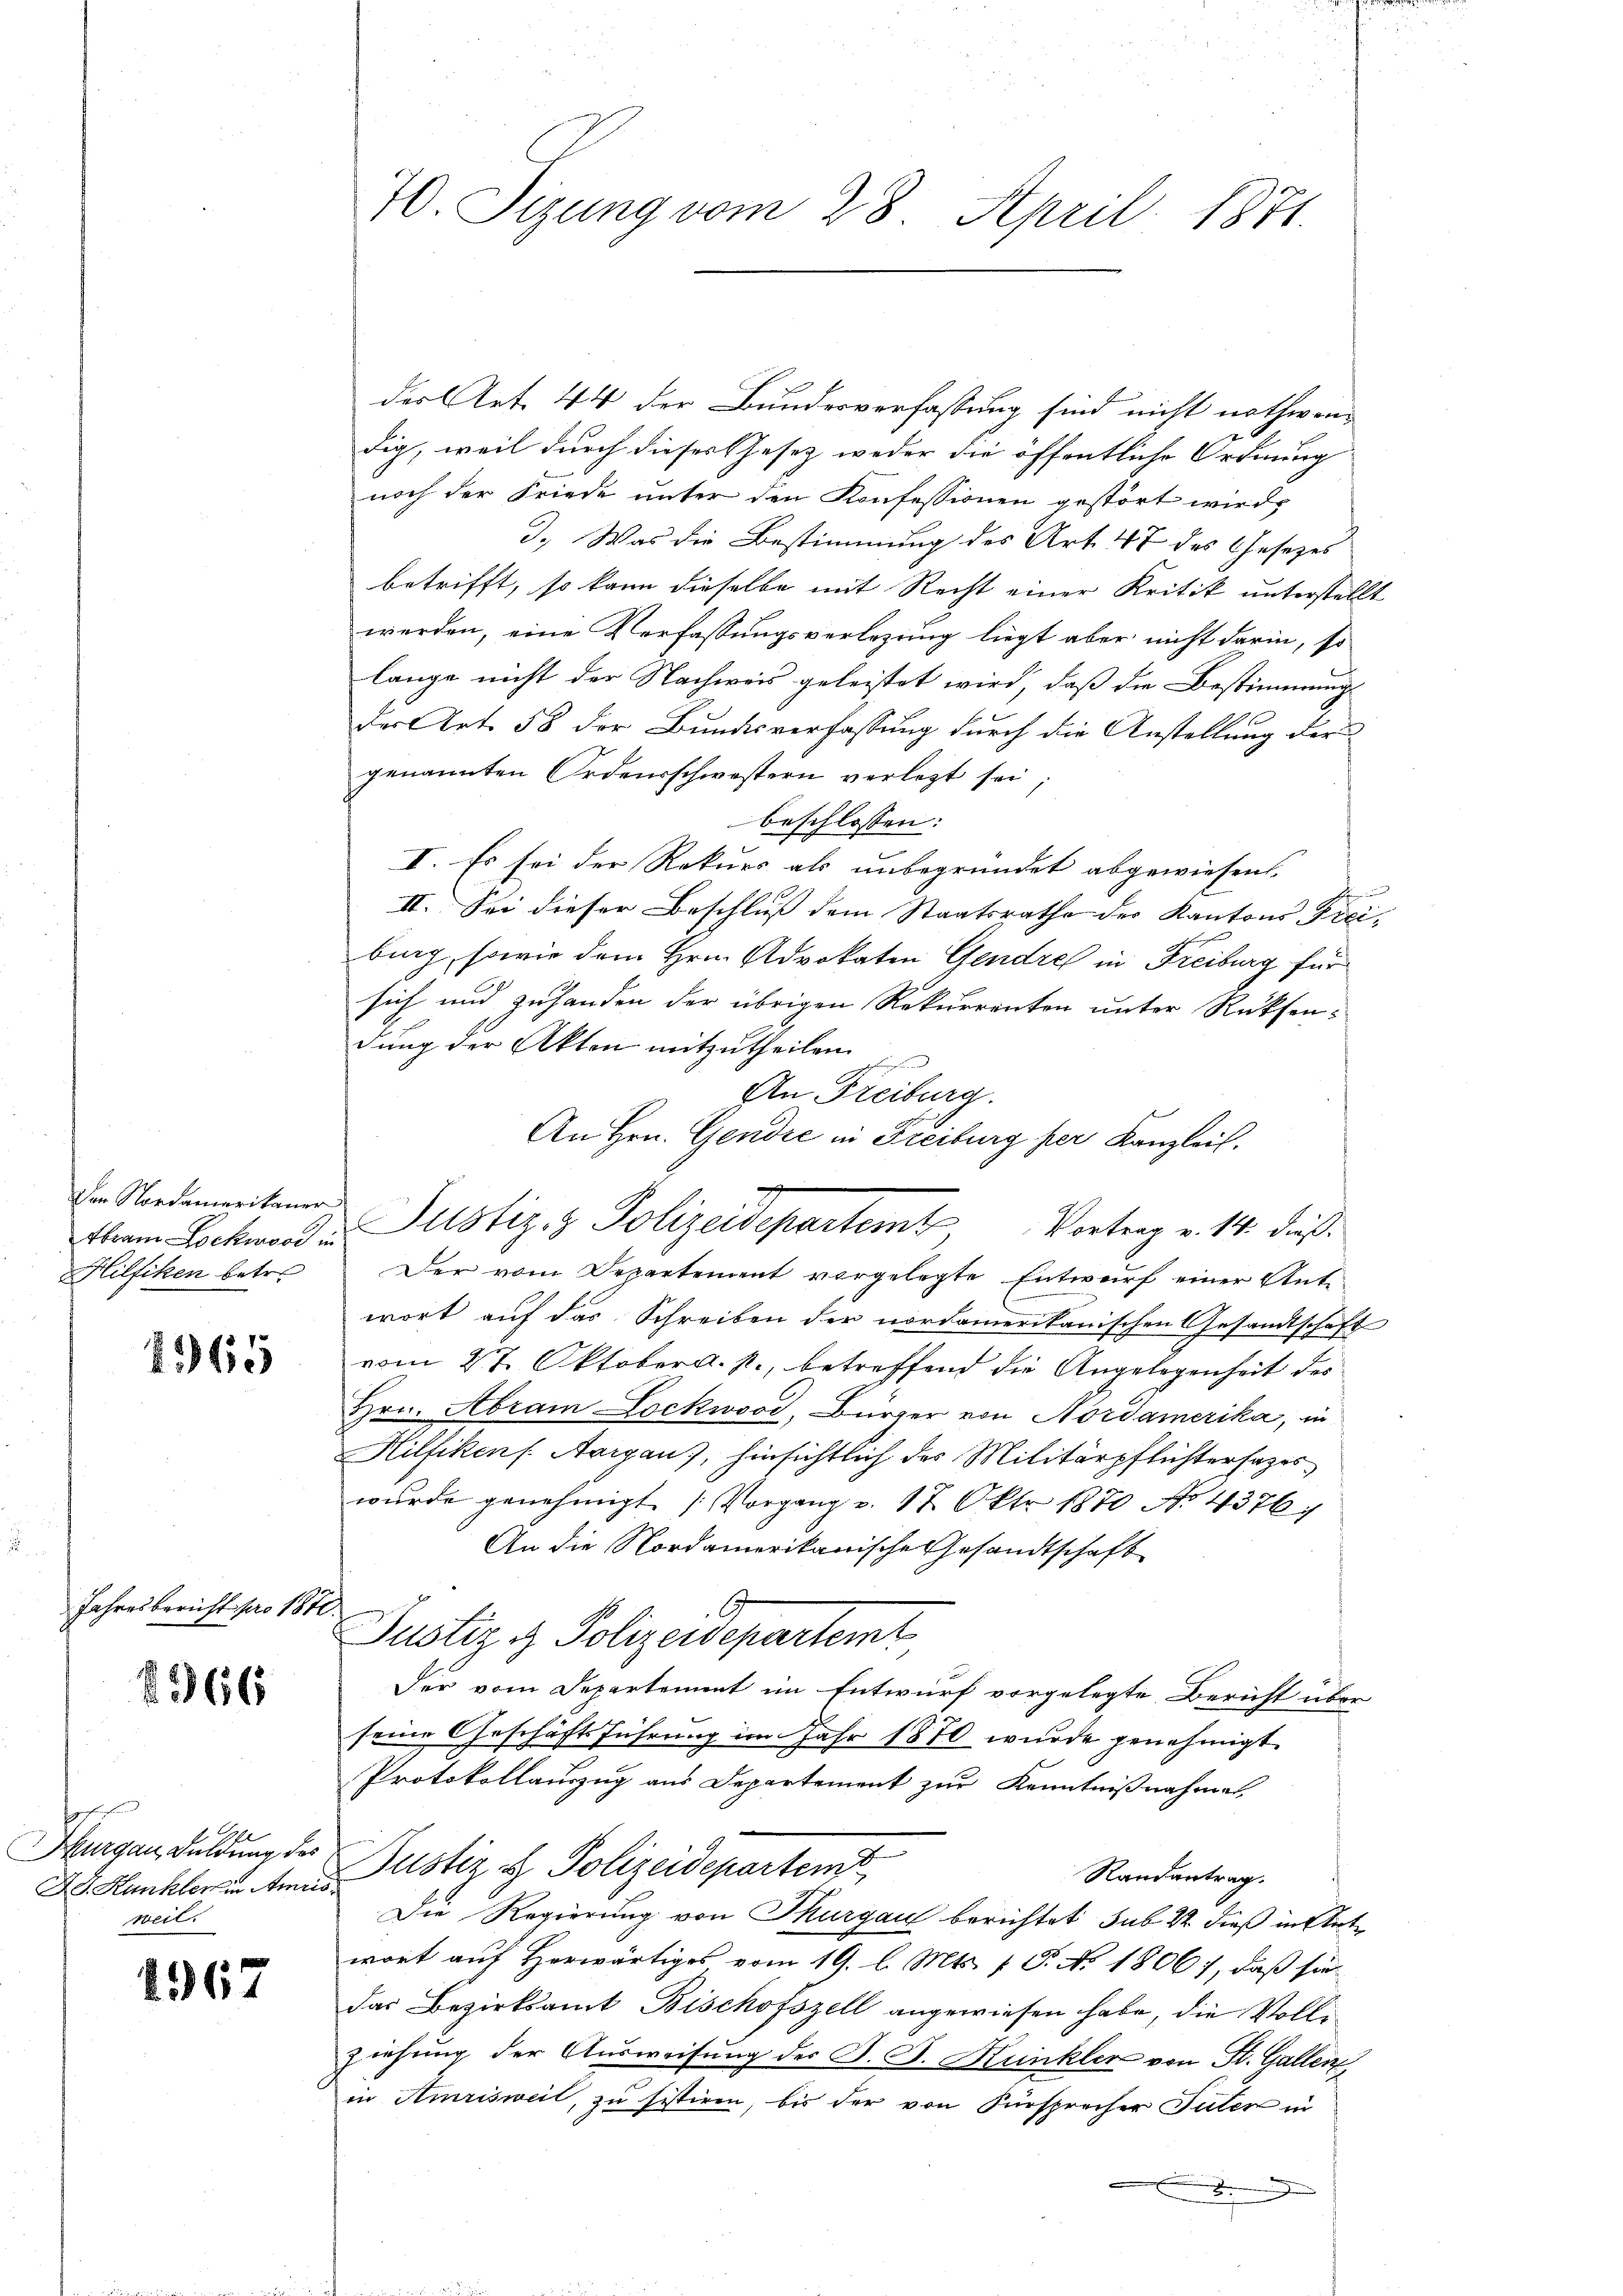
Den Nordamerikaner
Hilfiken betre

1965

Jahresbericht pro 181

366

e
Thurgau duldung, das
Ad. Hankberkin Amri
weil.

967

70. Sizung vom 28. April 1871.

des Art. 44 der Bundesverfassung sind nicht nothwendig, weil durch dieser Gesetz weder die öffentliche Ordnung
noch der Friede unter den Konfessionen gestört wird,
d. Was die Bestimmung des Art. 47 des Gesetzes
betrifft, so kann dieselbe mit Recht einer Kritik unterstellt
werden, eine Verfassungsverlegung liegt aber nicht darin, so
lange nicht der Nachweis geleistet wird, daß die Bestimmung
der Art. 58 der Bundesverfassung durch die Anstellung der
genannten Ordensschwestern verletzt sei;
beschlossen:
I. Es sei der Rekurs als unbegründet abgewiesen,
II. Sei dieser Beschluß dem Staatsrathe des Kantons Frei-
bing, sowie dem Hrn. Advokaten Gendre in Freiburg für
sich und zuhanden der übrigen Rekurrenten unter Rücksendung der Akten mitzutheilen.
An Freiburg.
An Hrn. Gendre in Freiburg per Kanzlei.
Der vom Departement vorgelegte Entwurf einer Antwort auf das Schreiben der nordamerikanischen Gesandtschaft
vom 27. Oktober a. p., betreffend die Angelegenheit des
Hrn. Abrain Lockwood, Bürger von Nordamerika, in
Hilfiken s. Aargau), hinsichtlich des Militärpflichtersezeswŭrde genehmigt. (Vorgang v. 17. Okt. 1870 No 4376/
An die Nordamerikanische Gesandtschaft
¬
Justiz & Polizeidepartemt
Der vom Departement im Entwurf vorgelegte Bericht über
seine Geschäftsführung im Jahr 1870 wurde genehmigt.
Protokollauszug aus Departement zur Kenntnißnahmen,
Justiz & Polizeidepartem
Randantrag.
Die Regierung von Thurgau berichtet sub 22. dieß in Antwort auf Herwärtiges vom 19. l. Mts. 1 S. No 1806), daß sie
das Bezirksamt Bischofszell angewiesen habe, die Vollziehung der Ausweisung der B. J. Kunkler von St. Gallen,
in Amrisweil, zu sistiren, bis der von Fürsprecher Tuter in
e

thram Lockward Justiz- & Polizeidepartem Vortrag v. 14. dieß